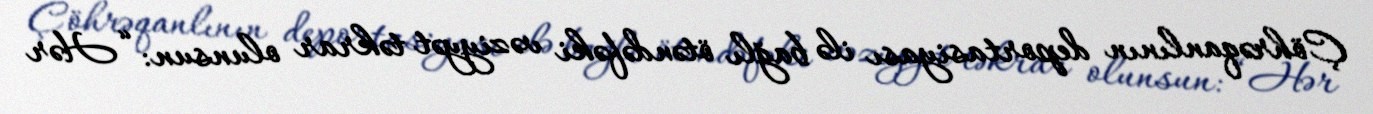
Çöhrəqanlının deportasiyası ilə bağlı ötəndəfəki vəziyyət təkrar olunsun: “Hər